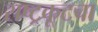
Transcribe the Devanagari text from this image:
राष्ट्रकूटचा